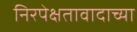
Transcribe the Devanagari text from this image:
निरपेक्षतावादाच्या